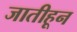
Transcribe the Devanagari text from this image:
जातीहून